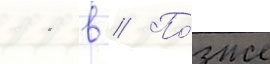
11 в // По́зже